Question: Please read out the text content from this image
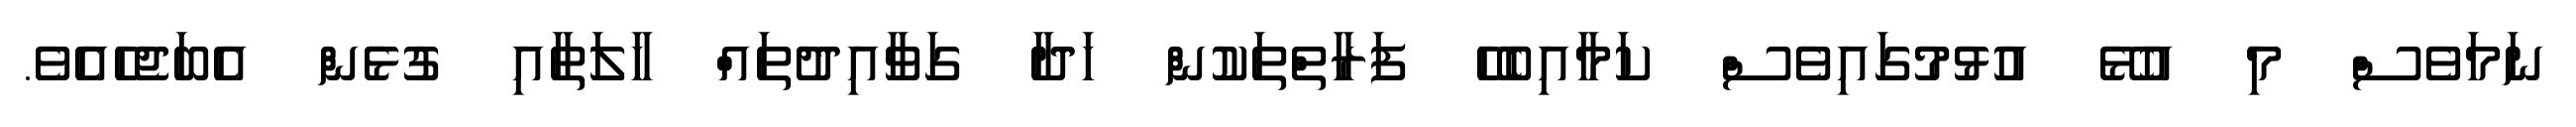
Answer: ނަމަވެސް މި އުޅޭ އުޅުމުގައިވެސް ކަމާއިބެހޭ ފަރާތްތަކުން ހަދާ ގަވާއިދުތައް ހާލަތާއި ގުޅެން އެބަޖެހެއެވެ.